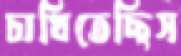
চাখিতেছিস